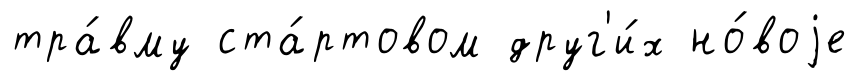
тра́вму ста́ртовом друг'и́х но́воjе